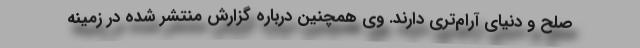
صلح و دنیای آرام‌تری دارند. وی همچنین درباره گزارش منتشر شده در زمینه